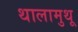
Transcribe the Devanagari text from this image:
थालामुथू